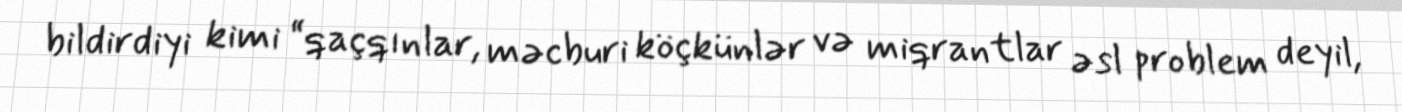
bildirdiyi kimi “qaçqınlar, məcburi köçkünlər və miqrantlar əsl problem deyil,